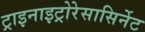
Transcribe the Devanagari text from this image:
ट्राइनाइट्रोरेसासिर्नेट